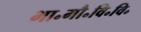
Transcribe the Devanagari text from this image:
भा॰मौ॰वि॰वि॰